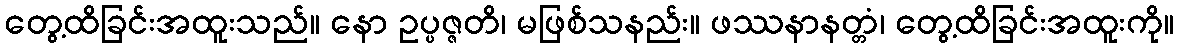
တွေ့ထိခြင်းအထူးသည်။ နော ဥပ္ပဇ္ဇတိ၊ မဖြစ်သနည်း။ ဖဿနာနတ္တံ၊ တွေ့ထိခြင်းအထူးကို။